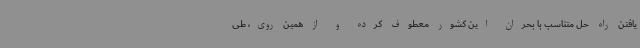
یافتن راه حل متناسب با بحران این کشور معطوف کرده و از همین روی، طی